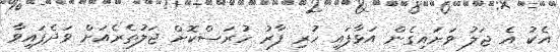
އެކު އެ ޖަލު ވަށައިގެން އަޅާފައި ހުރި ފާރު ހުރަސްކޮށް ޖަލުތެރެއަށް ވަދެފައިވާ